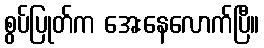
စွပ်ပြုတ်က အေးနေလောက်ပြီ။